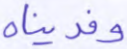
وفديناه